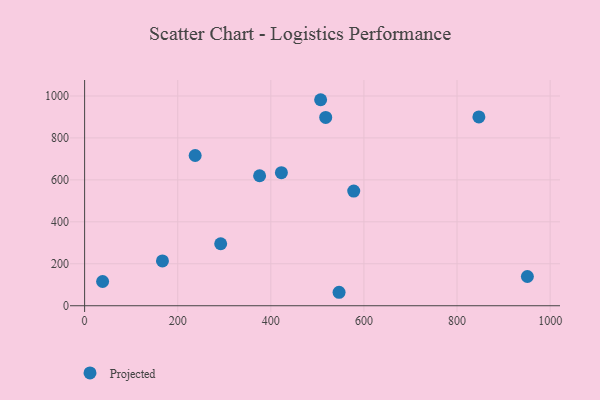
{"axis": {"x": "Investment", "y": "Sales"}, "legend": ["Projected"], "data": [{"x": "846.9", "y": 900.0, "type": "Projected"}, {"x": "375.9", "y": 619.7, "type": "Projected"}, {"x": "517.9", "y": 897.6, "type": "Projected"}, {"x": "578.1", "y": 546.5, "type": "Projected"}, {"x": "292.3", "y": 295.5, "type": "Projected"}, {"x": "422.7", "y": 634.5, "type": "Projected"}, {"x": "951.1", "y": 139.3, "type": "Projected"}, {"x": "237.5", "y": 716.1, "type": "Projected"}, {"x": "38.7", "y": 115.5, "type": "Projected"}, {"x": "507.0", "y": 982.1, "type": "Projected"}, {"x": "546.6", "y": 64.2, "type": "Projected"}, {"x": "167.2", "y": 213.7, "type": "Projected"}]}